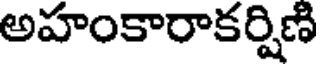
అహంకారాకర్షిణి